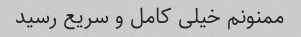
ممنونم خیلی کامل و سریع رسید